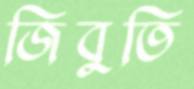
জিবুতি